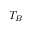
T _ { B }